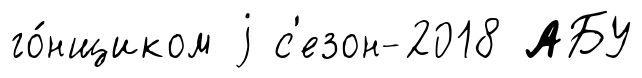
го́нщиком j с'езон-2018 АБУ